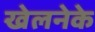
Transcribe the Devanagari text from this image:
खेलनेके